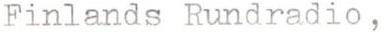
Finlands Rundradio ,